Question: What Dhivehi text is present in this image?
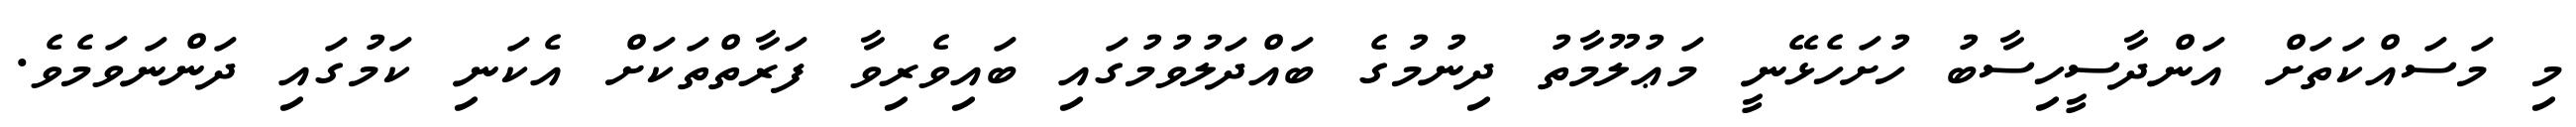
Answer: މި މަސައްކަތަށް އަންދާސީހިސާބު ހުށަހެޅޭނީ މަޢުލޫމާތު ދިނުމުގެ ބައްދަލުވުމުގައި ބައިވެރިވާ ފަރާތްތަކަށް އެކަނި ކަމުގައި ދަންނަވަމެވެ.